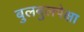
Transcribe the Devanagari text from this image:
बुलबुलपेक्षा